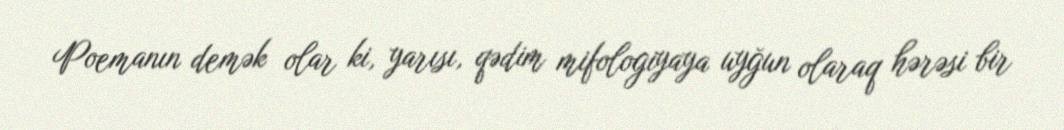
Poemanın demək olar ki, yarısı, qədim mifologiyaya uyğun olaraq hərəsi bir